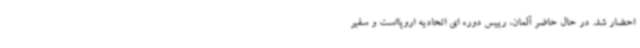
احضار شد. در حال حاضر آلمان، رییس دوره ای اتحادیه اروپااست و سفیر